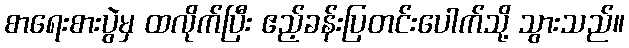
စာရေးစားပွဲမှ ထလိုက်ပြီး ဧည့်ခန်းပြတင်းပေါက်သို့ သွားသည်။